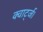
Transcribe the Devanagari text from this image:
क्वार्ट्ज।